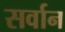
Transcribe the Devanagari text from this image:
सर्वान